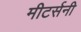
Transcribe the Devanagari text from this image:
मीटर्सनी